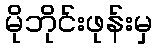
မိုဘိုင်းဖုန်းမှ